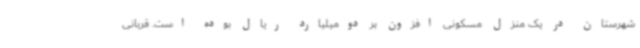
شهرستان در یک منزل مسکونی افزون بر دومیلیارد ریال بوده است. قربانی